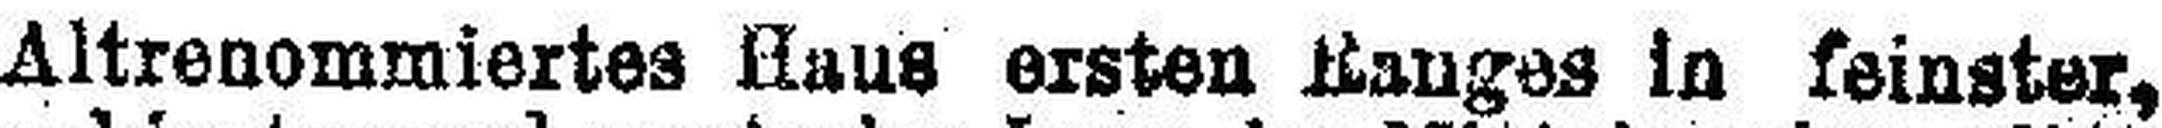
Altrenommiertes Haus ersten Ranges In feinster,